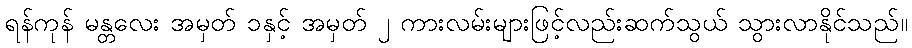
ရန်ကုန် မန္တလေး အမှတ် ၁နှင့် အမှတ် ၂ ကားလမ်းများဖြင့်လည်းဆက်သွယ် သွားလာနိုင်သည်။